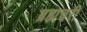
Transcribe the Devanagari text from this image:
ब्रह्मचरी